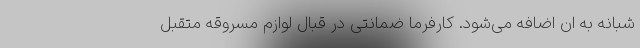
شبانه به ان اضافه می‌شود. کارفرما ضمانتی در قبال لوازم مسروقه متقبل